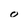
Character: o